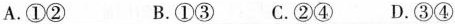
A.①② B.①③ C.②④ D.③④